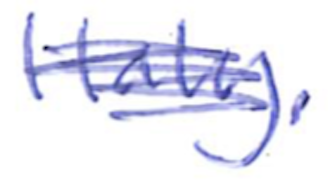
Text: Italy.
Cross-out: scratch
Writing tool: ballpoint